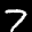
Label: 7